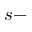
s -